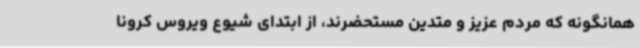
همانگونه که مردم عزیز و متدین مستحضرند، از ابتدای شیوع ویروس کرونا